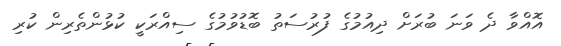
އޮއްވާ ދެ ވަނަ ބުރަށް ދިއުމުގެ ފުރުސަތު ބޮޑުވުމުގެ ސިއްރަކީ ކުޅުންތެރިން ކުރި